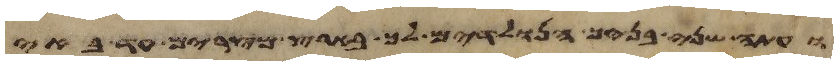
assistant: ועתה שני בניך הנולדים לך בארץ מצרים עד באי